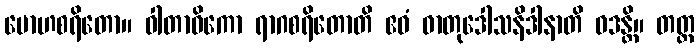
မောဟစရိတော။ ဝါတာဓိကော ရာဂစရိတောတိ ဧဝံ ဓာတုဒေါသနိဒါနာတိ ဝဒန္တိ။ တတ္ထ